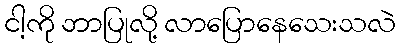
ငါ့ကို ဘာပြုလို့ လာပြောနေသေးသလဲ